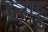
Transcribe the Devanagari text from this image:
इन्नाट्टु